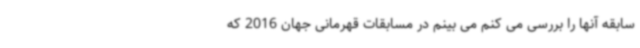
سابقه آنها را بررسی می کنم می بینم در مسابقات قهرمانی جهان 2016 که